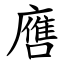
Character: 噟